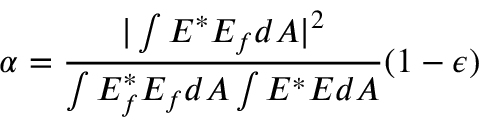
\alpha = \frac { | \int E ^ { * } E _ { f } d A | ^ { 2 } } { \int E _ { f } ^ { * } E _ { f } d A \int E ^ { * } E d A } ( 1 - \epsilon )